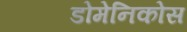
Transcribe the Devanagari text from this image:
डोमेनिकोस